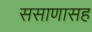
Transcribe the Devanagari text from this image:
ससाणासह